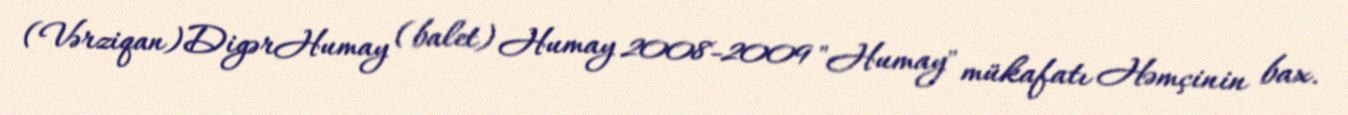
(Vərziqan)DigərHumay (balet) Humay 2008-2009 "Humay" mükafatı Həmçinin bax.